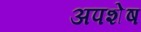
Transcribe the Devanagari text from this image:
अपशेष